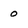
Character: o